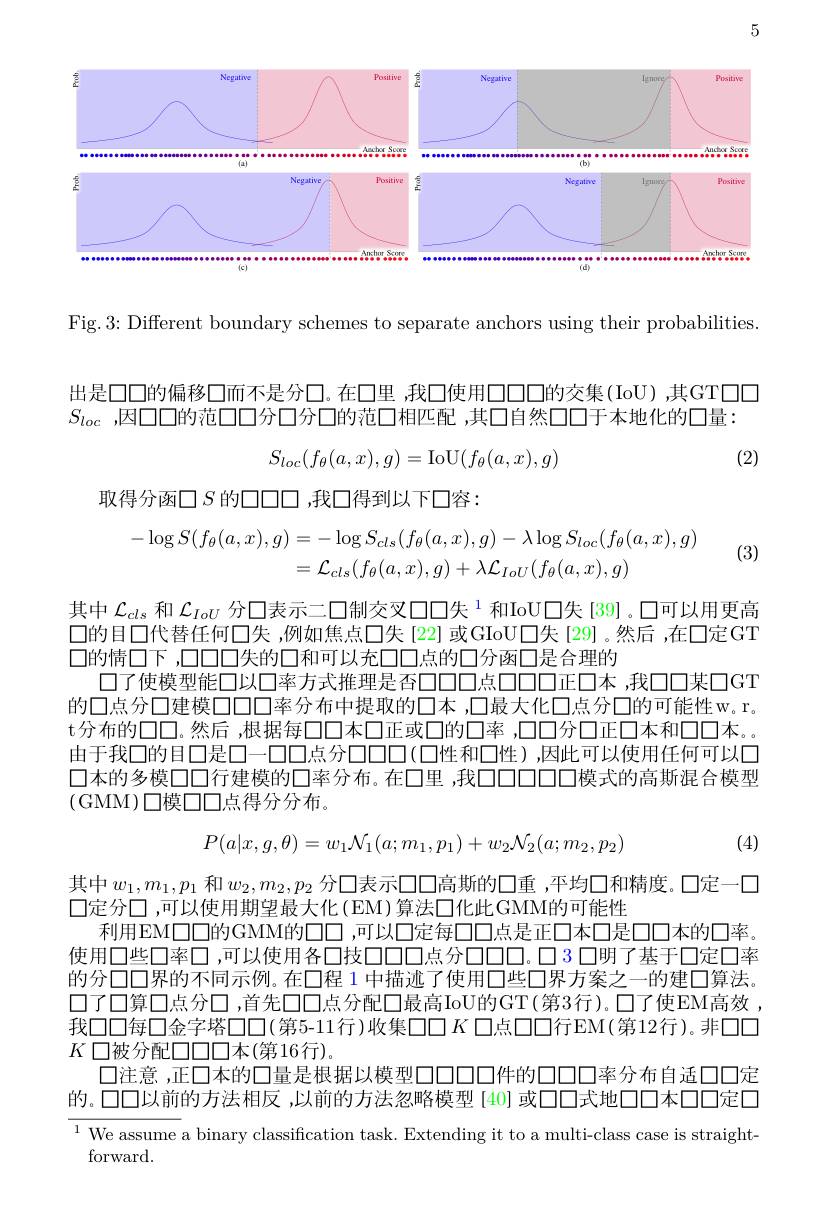
5

<FigureHere>

Fig. 3: Different boundary schemes to separate anchors using their probabilities

出是口口的偏移口而不是分口。在口里 ,我口使用口口口的交集(IoU) ,其GT口口
$S_{loc}$ ,因口口的范口口分口分口的范口相匹配 ,其口自然口口于本地化的口量：
$$S_{loc}(f_{\theta}(a,x),g)=\mathrm{IoU}(f_{\theta}(a,x),g)$$
(2)

取得分函$\square S$ 的口口口 ,我口得到以下口容：

(3)
$$\begin{aligned}-\log S(f_{\theta}(a,x),g)&=-\log S_{cls}(f_{\theta}(a,x),g)-\lambda\log S_{loc}(f_{\theta}(a,x),g)\\&=\mathcal{L}_{cls}(f_{\theta}(a,x),g)+\lambda\mathcal{L}_{IoU}(f_{\theta}(a,x),g)\end{aligned}$$
其中$\mathcal{L}_{cls}$和$\mathcal{L}_{IoU}$分口表示二口制交叉口口失$^{1}$和IoU口失[39]。口可以用更高口的目口代替任何口失 ,例如焦点◯失 [22] 或GIoU口失 [29]。然后 ,在口定GT 口的情口下，口口口失的口和可以充口口点的口分函口是合理的
口了使模型能口以口率方式推理是否口00点口00正口本，我口口某口GT 的口点分口建模口口口率分布中提取的口本 ,口最大化口点分口的可能性w。r。t分布的口口。然后，根据每口口本口正或口的口率，口口分口正口本和口口本。由于我口的目口是口一口口点分口口口(口性和口性),因此可以使用任何可以口口本的多模口口行建模的口率分布。在口里，我口口口口模式的高斯混合模型(GMM)口模口口点得分分布。

(4)
$$P(a|x,g,\theta)=w_1\mathcal{N}_1(a;m_1,p_1)+w_2\mathcal{N}_2(a;m_2,p_2)$$
其中$w_1,m_1,p_1$ 和$w_2,m_2,p_2$ 分口表示口口高斯的口重 ,平均口和精度。口定一口
$\square 定分\square$,可以使用期望最大化(EM)算法口化此GMM的可能性
利用EM口口的GMM的口口 ,可以口定每口口点是正口本口是口口本的口率使用口些口率口，可以使用各口技口口口点分口口口。口3 口明了基于口定口率的分口口界的不同示例。在口程 1 中描迹了使用口些口界方案之一的建口算法口了口算口点分口，首先口口点分配口最高IoU的GT(第3行)。口了使EM高效我口口每口金字塔口口(第5-11行)收集$\square\square K$ 口点口口行EM(第12行)。非口口$K$口被分配口口口本(第16行),
$\square$注意，正口本的口量是根据以模型口口口口件的口口口率分布自适口口定的。口口以前的方法相反，以前的方法忽略模型[40]或口口式地口本口定口$^{1}$ We assume a binary classification task. Extending it to a multi-class case is straight-

${\mathrm{forward.}}$